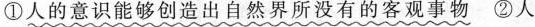
① 人的意识能够创造出自然界所没有的客观事物 ②人